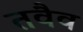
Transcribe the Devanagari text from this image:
तवैव